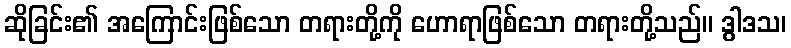
ဆိုခြင်း၏ အကြောင်းဖြစ်သော တရားတို့ကို ဟောရာဖြစ်သော တရားတို့သည်။ ဒွါဒသ၊